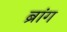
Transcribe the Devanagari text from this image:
ब्रांग